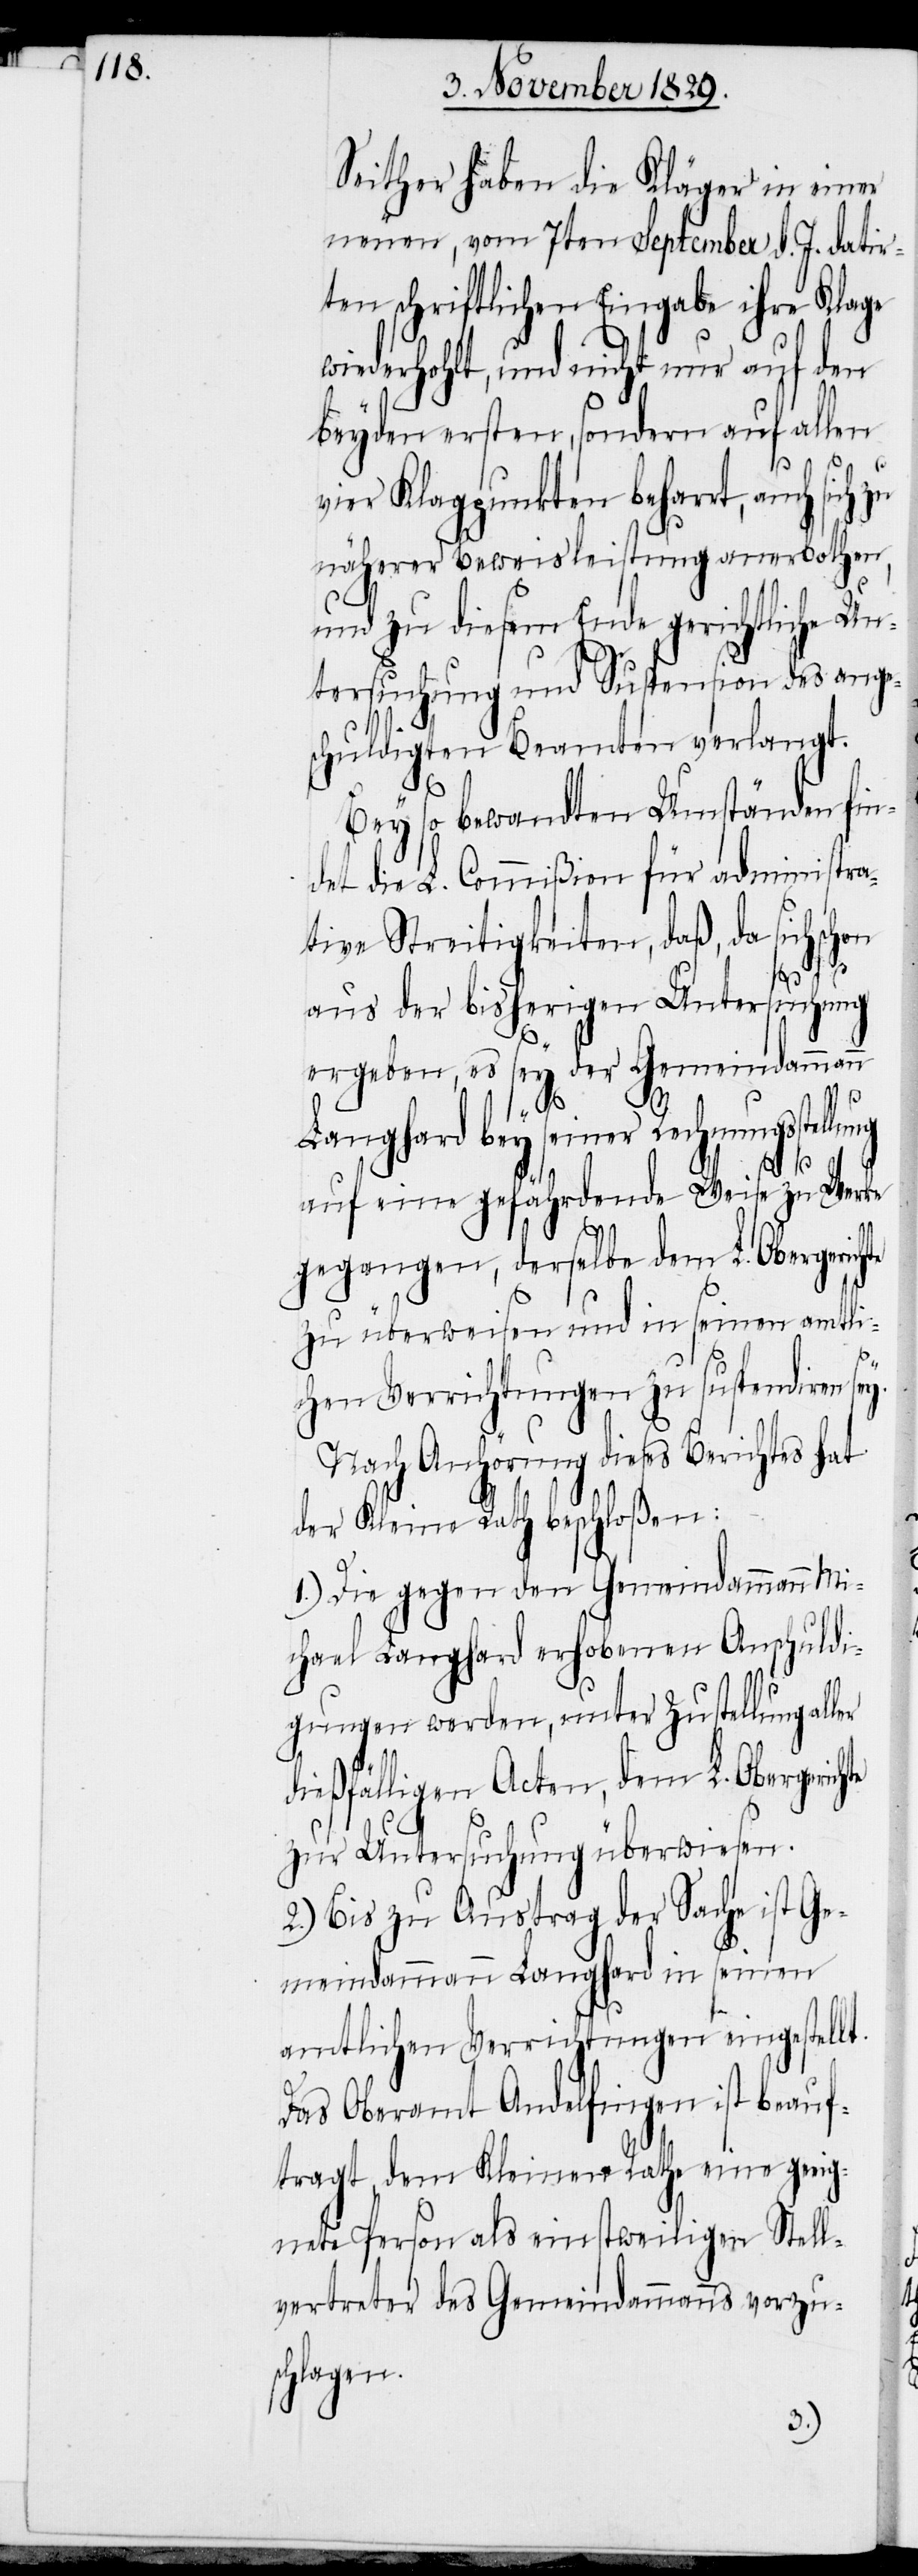
Seither haben die Kläger in einer
neuen, vom 7ten September d. J. datir¬
ten Schriftlichen Eingabe ihre Klage
wiederhohlt, und nicht nur auf den
beyden ersten, sondern auf allen
vier Klagpunkten beharrt, auch
näherer Beweisleistung anerbothen,
und zu diesem Ende gerichtliche Un¬
tersuchung und Suspension des ange¬
schuldigten Beamten verlangt.
Bey so bewandten Umständen fin¬
det die L. Commißion für administra¬
tive Streitigkeiten, daß, da sich
hte
aus der bisherigen Untersuchung
ergeben, es sey der Gemeindammann
ler
Langhard bey seiner Rechnungsstellung
auf eine gefährdende Weise zu Werke
gegangen, derselbe dem L. Obergerich¬
zu überweisen und in seinen amtli¬
chen Verrichtungen zu suspendiren sey.
Nach Anhörung dieses Berichtes hat
der Kleine Rath beschloßen:
1.) Die gegen den Gemeindammann Mi¬
chael Langhard erhobenen Anschuldi¬
gungen werden, unter Zustellung al¬
dießfälligen Acten, dem L. Obergeric¬
zur Untersuchung überwiesen.
2.) Bis zu Austrag der Sache ist Ge¬
meindammann Langhard in seinen
amtlichen Verrichtungen eingestellt.
Das Oberamt Andelfingen ist beauf¬
tragt, dem Kleinen Rathe eine geeig¬
nete Person als einstweiligen Stell¬
vertreter des Gemeindammanns vorzu¬
schlagen.